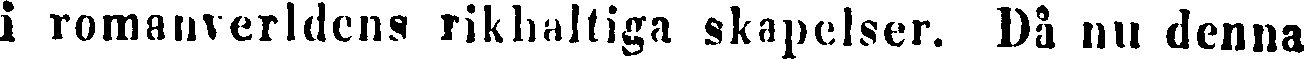
i romanverldens rikhaltiga skapelser. Då nu denna